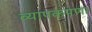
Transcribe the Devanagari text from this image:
व्यापकपणा